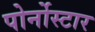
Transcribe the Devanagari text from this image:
पोर्नोस्टार